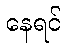
နေရင်